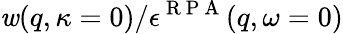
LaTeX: \mathit{w}(q,\kappa=0)/\epsilon^{\mathrm{{~R~P~A~}}}(q,\omega=0)